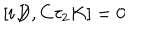
[ i \! \not { \! \! D } , C \tau _ { 2 } K ] = 0